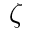
\zeta